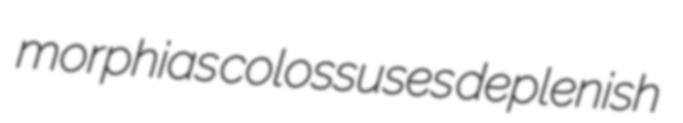
morphias colossuses deplenish